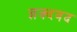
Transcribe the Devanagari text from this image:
ज्ञक्दवद